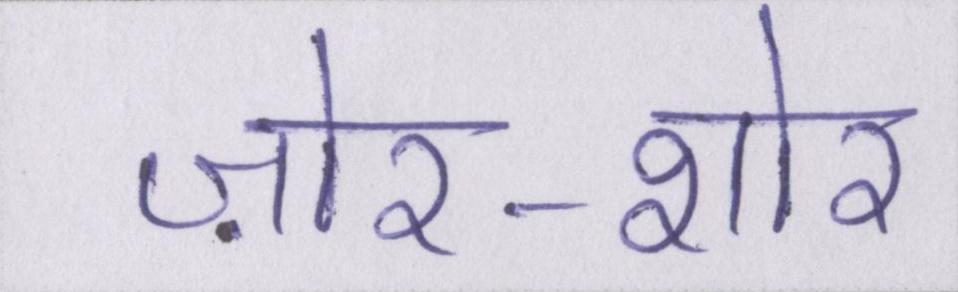
ज़ोर-शोर